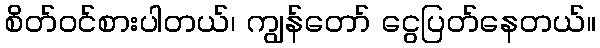
စိတ်ဝင်စားပါတယ်၊ ကျွန်တော် ငွေပြတ်နေတယ်။